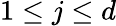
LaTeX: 1\le j\le d